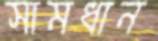
সামধান